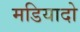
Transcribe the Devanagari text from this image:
मडियादो